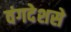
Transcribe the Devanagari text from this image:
वंगदेशसे